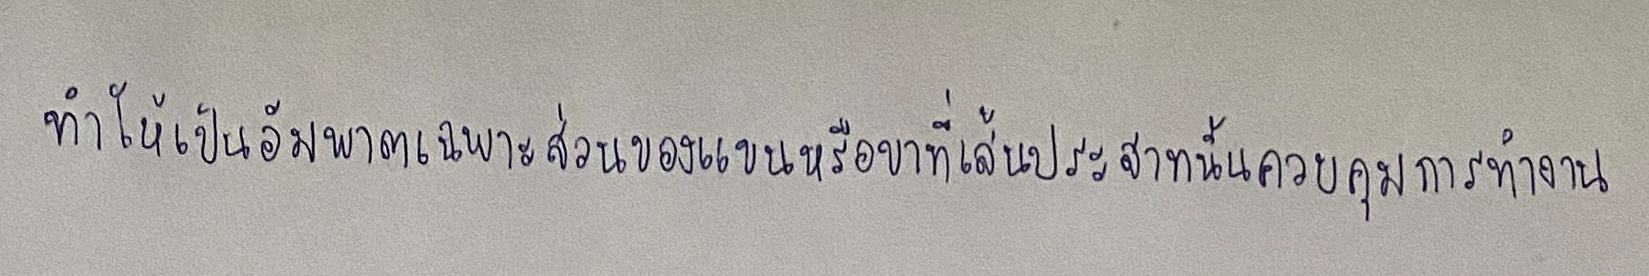
ทำให้เป็นอัมพาตเฉพาะส่วนของแขนหรือขาที่เส้นประสาทนั้นควบคุมการทำงาน